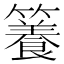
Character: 𥶑